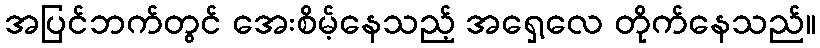
အပြင်ဘက်တွင် အေးစိမ့်နေသည့် အရှေ့လေ တိုက်နေသည်။